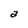
Character: a